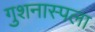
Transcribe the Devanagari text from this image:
गुशनास्पला